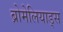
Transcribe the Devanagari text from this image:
ब्रोमेलियाड्स